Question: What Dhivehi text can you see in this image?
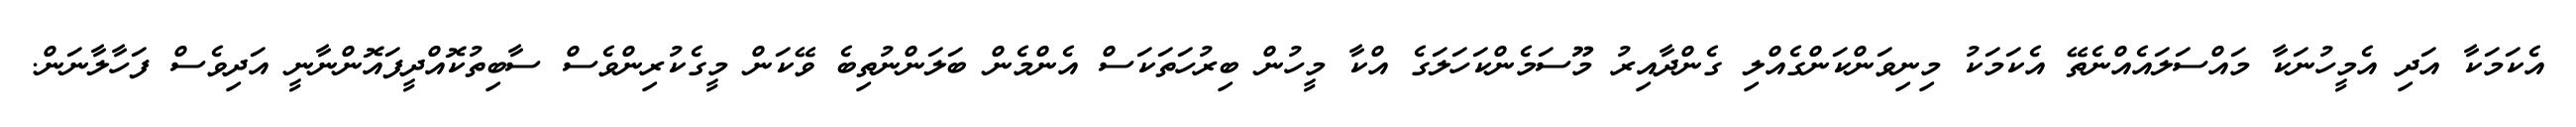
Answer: އެކަމަކާ އަދި އެމީހުނަކާ މައްސަލައެއްނެތޭ އެކަމަކު މިނިވަންކަންގެއްލި ގެންދާއިރު މޫސަމެންކަހަލަގެ އްކާ މީހުން ބިރުހަތަކަސް އެންމެން ބަލަންނުތިބެ ވޭކަން މީގެކުރިންވެސް ސާބިތުކޮއްދީފައޮންނާނީ އަދިވެސް ފަހާލާނަން.